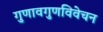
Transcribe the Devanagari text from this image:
गुणावगुणविवेचन